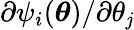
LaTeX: \partial\psi_{i}({\boldsymbol{\theta}})/\partial\theta_{\mathit{j}}